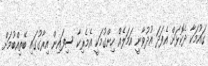
ގައުމަކާ ދެކޮޅަށް އެފަދަ އުދުވާނީ އަމަލެއް ހިންގުމަކީ އެމެރިކާ ސިފައިން އިރާގުގައި ބޭތިއްބުމަށް